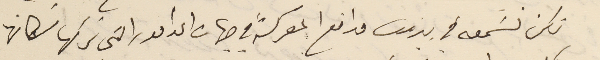
نكن نسَمعه في بيروت مدافع المعركة في جهات الدامور التى تركها سَكانها